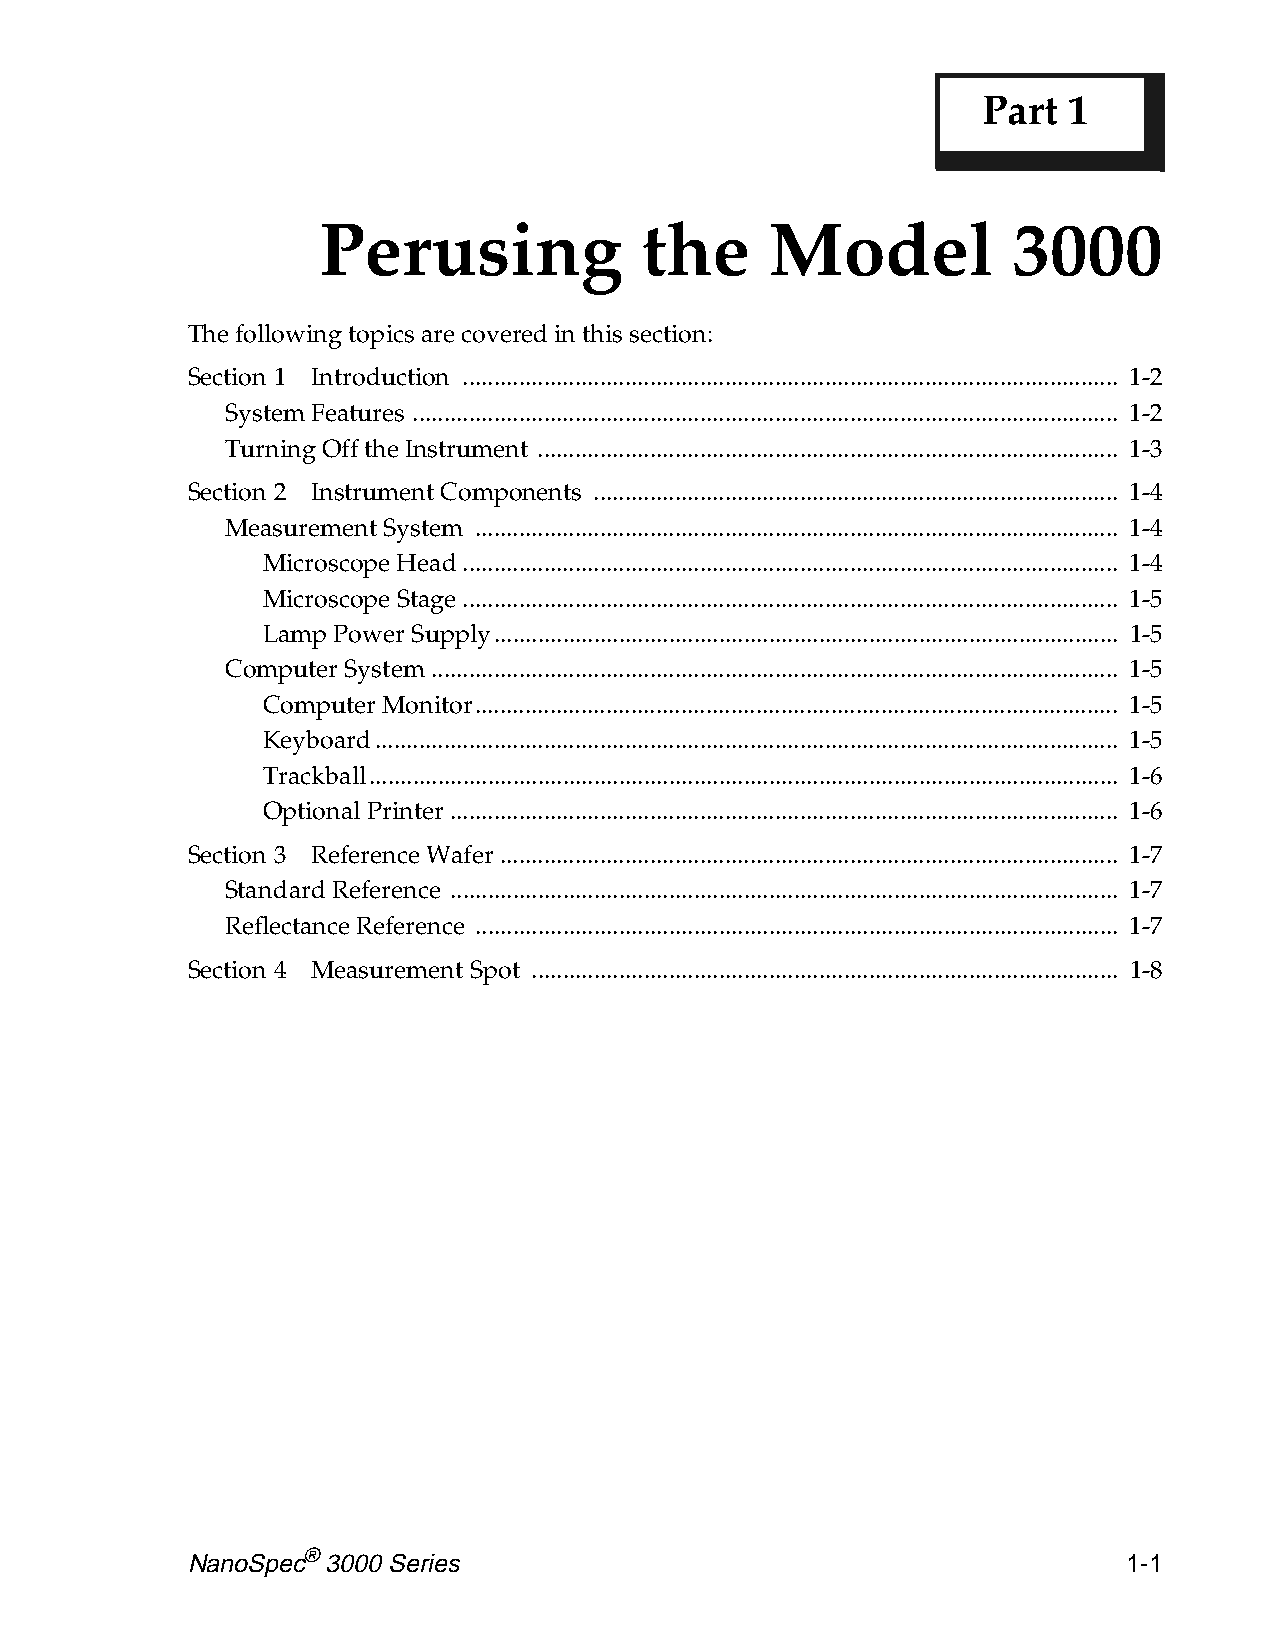
Part  1
 Perusing             the      Model           3000
 The following topics are covered in this section:
 Section 1 Introduction ......................................................................................................... 1-2
 System Features ................................................................................................................. 1-2
 Turning Off the Instrument ............................................................................................. 1-3
 Section 2 Instrument Components .................................................................................... 1-4
 Measurement System ....................................................................................................... 1-4
 Microscope Head......................................................................................................... 1-4
 Microscope Stage......................................................................................................... 1-5
 Lamp Power Supply.................................................................................................... 1-5
 Computer System .............................................................................................................. 1-5
 Computer Monitor....................................................................................................... 1-5
 Keyboard....................................................................................................................... 1-5
 Trackball........................................................................................................................ 1-6
 Optional Printer ........................................................................................................... 1-6
 Section 3 Reference Wafer ................................................................................................... 1-7
 Standard Reference ........................................................................................................... 1-7
 Reflectance Reference ....................................................................................................... 1-7
 Section 4 Measurement Spot .............................................................................................. 1-8
 NanoSpec® 3000 Series                                          1-1